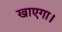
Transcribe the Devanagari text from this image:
खाएगा।